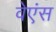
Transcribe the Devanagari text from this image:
वेएंस